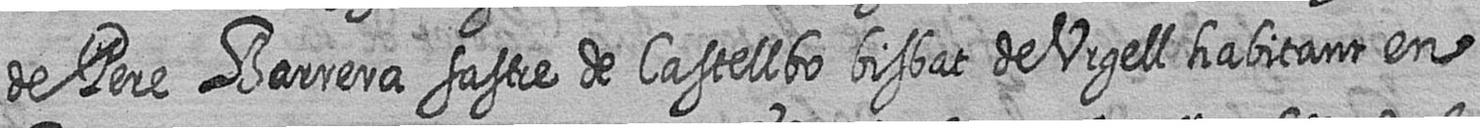
de Pere Barrera sastre de Castellbo bisbat de Urgell habitant en